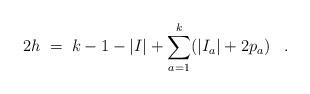
LaTeX: \begin{align*}2h \;=\; k - 1 - |I| + \sum_{a=1}^k (|I_a| + 2 p_a) \;\;\; . \end{align*}